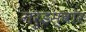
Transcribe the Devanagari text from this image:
गरुडस्वार